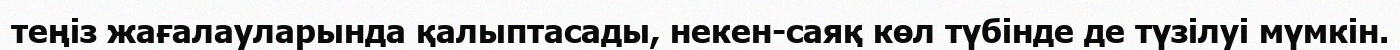
теңіз жағалауларында қалыптасады, некен-саяқ көл түбінде де түзілуі мүмкін.